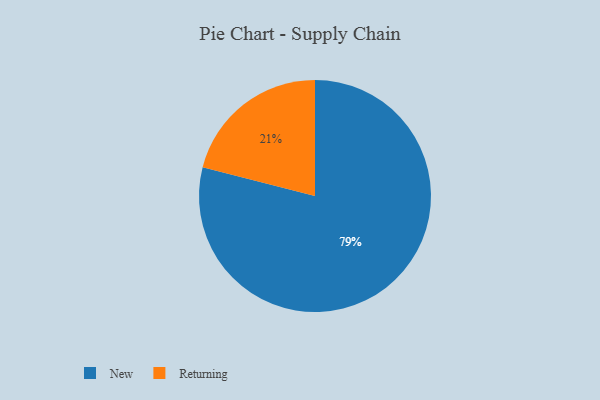
{"axis": {"x": "Category", "y": "Percentage"}, "legend": ["New", "Returning"], "data": [{"x": "New", "y": 79, "type": "New"}, {"x": "Returning", "y": 21, "type": "Returning"}]}